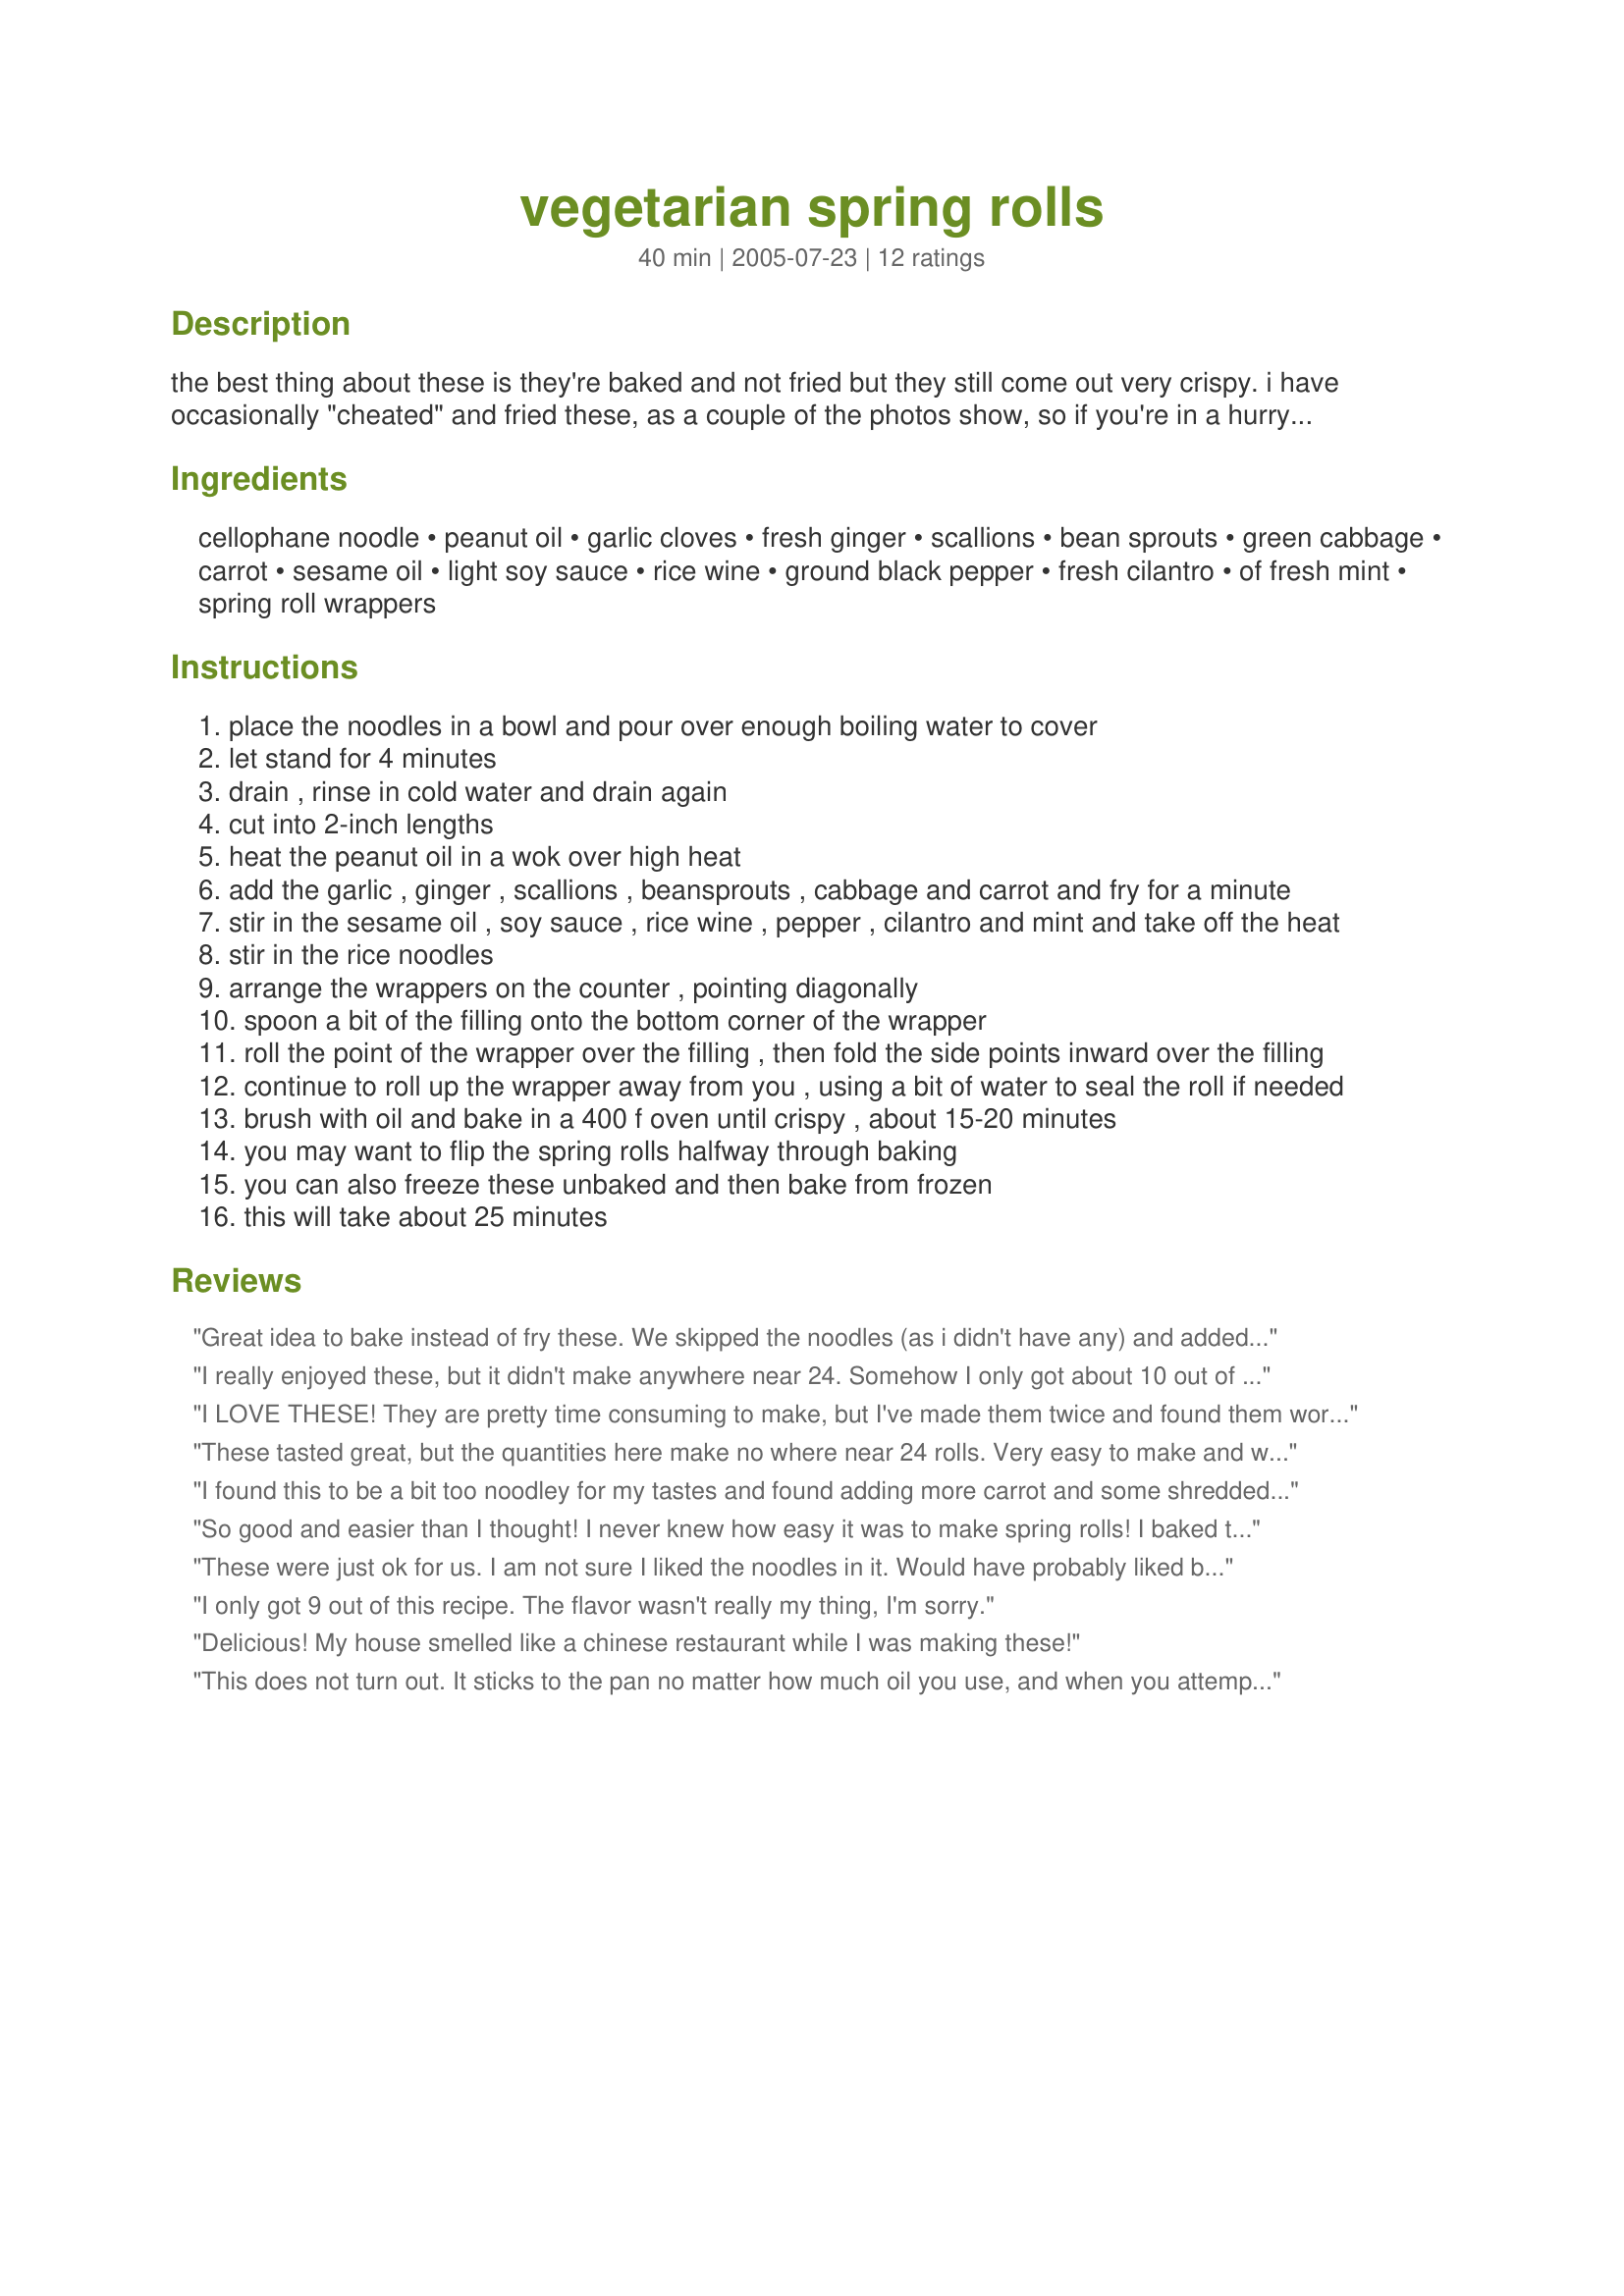
vegetarian spring rolls
Preparation time: 40 minutes

the best thing about these is they're baked and not fried but they still come out very crispy. i have occasionally "cheated" and fried these, as a couple of the photos show, so if you're in a hurry or just don't mind the calories, please go ahead and shallow fry in a frying pan for a couple minutes on each side. this recipe will give you 12 large spring rolls or 24 if you're using the smaller sized wrappers.

Ingredients:
cellophane noodle, peanut oil, garlic cloves, fresh ginger, scallions, bean sprouts, green cabbage, carrot, sesame oil, light soy sauce, rice wine, ground black pepper, fresh cilantro, of fresh mint, spring roll wrappers

Steps:
place the noodles in a bowl and pour over enough boiling water to cover
let stand for 4 minutes
drain , rinse in cold water and drain again
cut into 2-inch lengths
heat the peanut oil in a wok over high heat
add the garlic , ginger , scallions , beansprouts , cabbage and carrot and fry for a minute
stir in the sesame oil , soy sauce , rice wine , pepper , cilantro and mint and take off the heat
stir in the rice noodles
arrange the wrappers on the counter , pointing diagonally
spoon a bit of the filling onto the bottom corner of the wrapper
roll the point of the wrapper over the filling , then fold the side points inward over the filling
continue to roll up the wrapper away from you , using a bit of water to seal the roll if needed
brush with oil and bake in a 400 f oven until crispy , about 15-20 minutes
you may want to flip the spring rolls halfway through baking
you can also freeze these unbaked and then bake from frozen
this will take about 25 minutes

Reviews:
Great idea to bake instead of fry these. We skipped the noodles (as i didn't have any) and added some bok choi, pea shoots, and spinach. They turned out very well! Thanks for the recipe.
I really enjoyed these, but it didn't make anywhere near 24. Somehow I only got about 10 out of them, but they were a decent size. I tried frying a couple at first but they were too greasy, so I definitely think baking is the way to go. Great recipe!
I LOVE THESE! They are pretty time consuming to make, but I've made them twice and found them worth it both times. I left out the cilantro (personal preference) and the flavors were great! DH said they taste like they came from the Thai place down the street! Thanks for sharing!
These tasted great, but the quantities here make no where near 24 rolls. 
Very easy to make and were a hit with the family
I found this to be a bit too noodley for my tastes and found adding more carrot and some shredded mushrooms worked really well. Hubby loved them roo!
So good and easier than I thought! I never knew how easy it was to make spring rolls! I baked them in the oven as the recipe suggests and they were fantastic! I skipped the noodles as it was more work than it was worth (in my opinion) and it didn't even taste like anything was missing. I only got about 10 rolls out of this recipe and they were packed kind of thin so I will probably double the recipe next time. Thanks for sharing!
These were just ok for us. I am not sure I liked the noodles in it. Would have probably liked better if I just left them out. I would also leave the cilantro out next time.
I only got 9 out of this recipe. The flavor wasn't really my thing, I'm sorry.
Delicious! My house smelled like a chinese restaurant while I was making these!
This does not turn out. It sticks to the pan no matter how much oil you use, and when you attempt to remove them they come apart horribly. Using more oil just makes them super greasy. Yuck. Might as well fry them. I have no idea how to make this work so that they don&#039;t rip to pieces. If there is some way to make this so that they stay intact, then maybe better or more complete instructions would help.
These are good spring rolls. I did add some oyster sauce to the mix for personal tastes. They are easy to make and even my picky 10 year old liked them. Thanks for the recipe.
I had always eaten spring rolls without baking and thought I would give this a try. Didn't know you could do that. I had roasted veggies that had that need to be used without adding any oil to them. Had a variety of peppers, mushrooms, asparagus and even some steamed kale and beet greens.Had very firm tofu in tiny squares that I did in skillet till browned-again no oil and I got them crispy. IE: Didn't add rice noodles this time. Just added a few tabs. of each veggie to the spring roll. I did a sauce with ingredients you listed plus two tablespoons of Powdered peanut butter (PB2) plus 1 tab water, and one tab. of rice vinegar too as I had seen in another recipe. Great sauce for the veggies and also for dipping. Sauce cooked up well with the veggies and it was not too wet when added to the rice papers. Baked in a 400 degree oven on parchment paper and didn't even use oil and they browned just fine. A couple fell apart when I turned them but it is due to being filled a bit too full. No problem just spooned the spilled contents in middle and kept roasting. Used some extra sauce for dipping. Loved the fresh ginger, mint, cilantro, garlic combo. Also had some fresh pineapple that I tossed in the sauce in the skillet as a side for these. Great. Really can use a combo of anything you want. The sauce is great. (double sauce)
